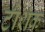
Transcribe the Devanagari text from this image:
टोशॅक